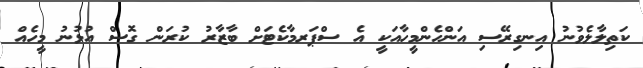
ކަތިލާލެވުނު އިނގިރޭސި އަންހެންމީހާއަކީ އެ ސްޕަރމާކެޓަށް ބާޒާރު ކުރަން ގޮސް އުޅުނު މީހެއް